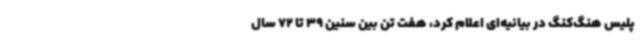
پلیس هنگ‌کنگ در بیانیه‌ای اعلام کرد، هفت تن بین سنین 39 تا 72 سال